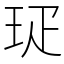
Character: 㺼